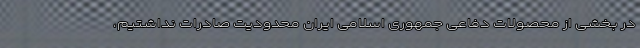
در بخشی از محصولات دفاعی جمهوری اسلامی ایران محدودیت صادرات نداشتیم،